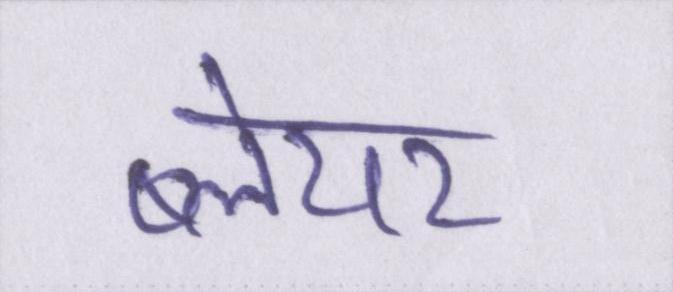
ब्लेयर